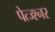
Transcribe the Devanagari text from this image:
पेत्ज्श्नर